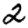
Digit: 2